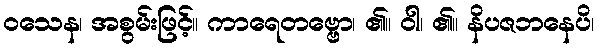
ဝသေန၊ အစွမ်းဖြင့်။ ကာရေတဗ္ဗော၊ ၏။ ဝါ၊ ၏။ နိပဇဘနေပိ၊